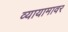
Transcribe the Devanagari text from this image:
व्यायामावर